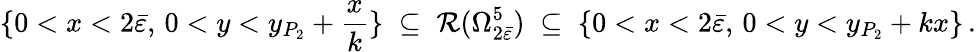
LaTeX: \{ 0<x<2\bar{\varepsilon},\, 0<y<y_{P_{2}}+\frac{x}{k}\} \; \subseteq\; \mathcal{R}(\Omega_{2\bar{\varepsilon}}^{5})\; \subseteq\; \{ 0<x<2\bar{\varepsilon},\, 0<y<y_{P_{2}}+kx\} \, .